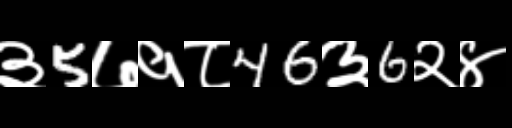
Text: ३5७१८46३6२४